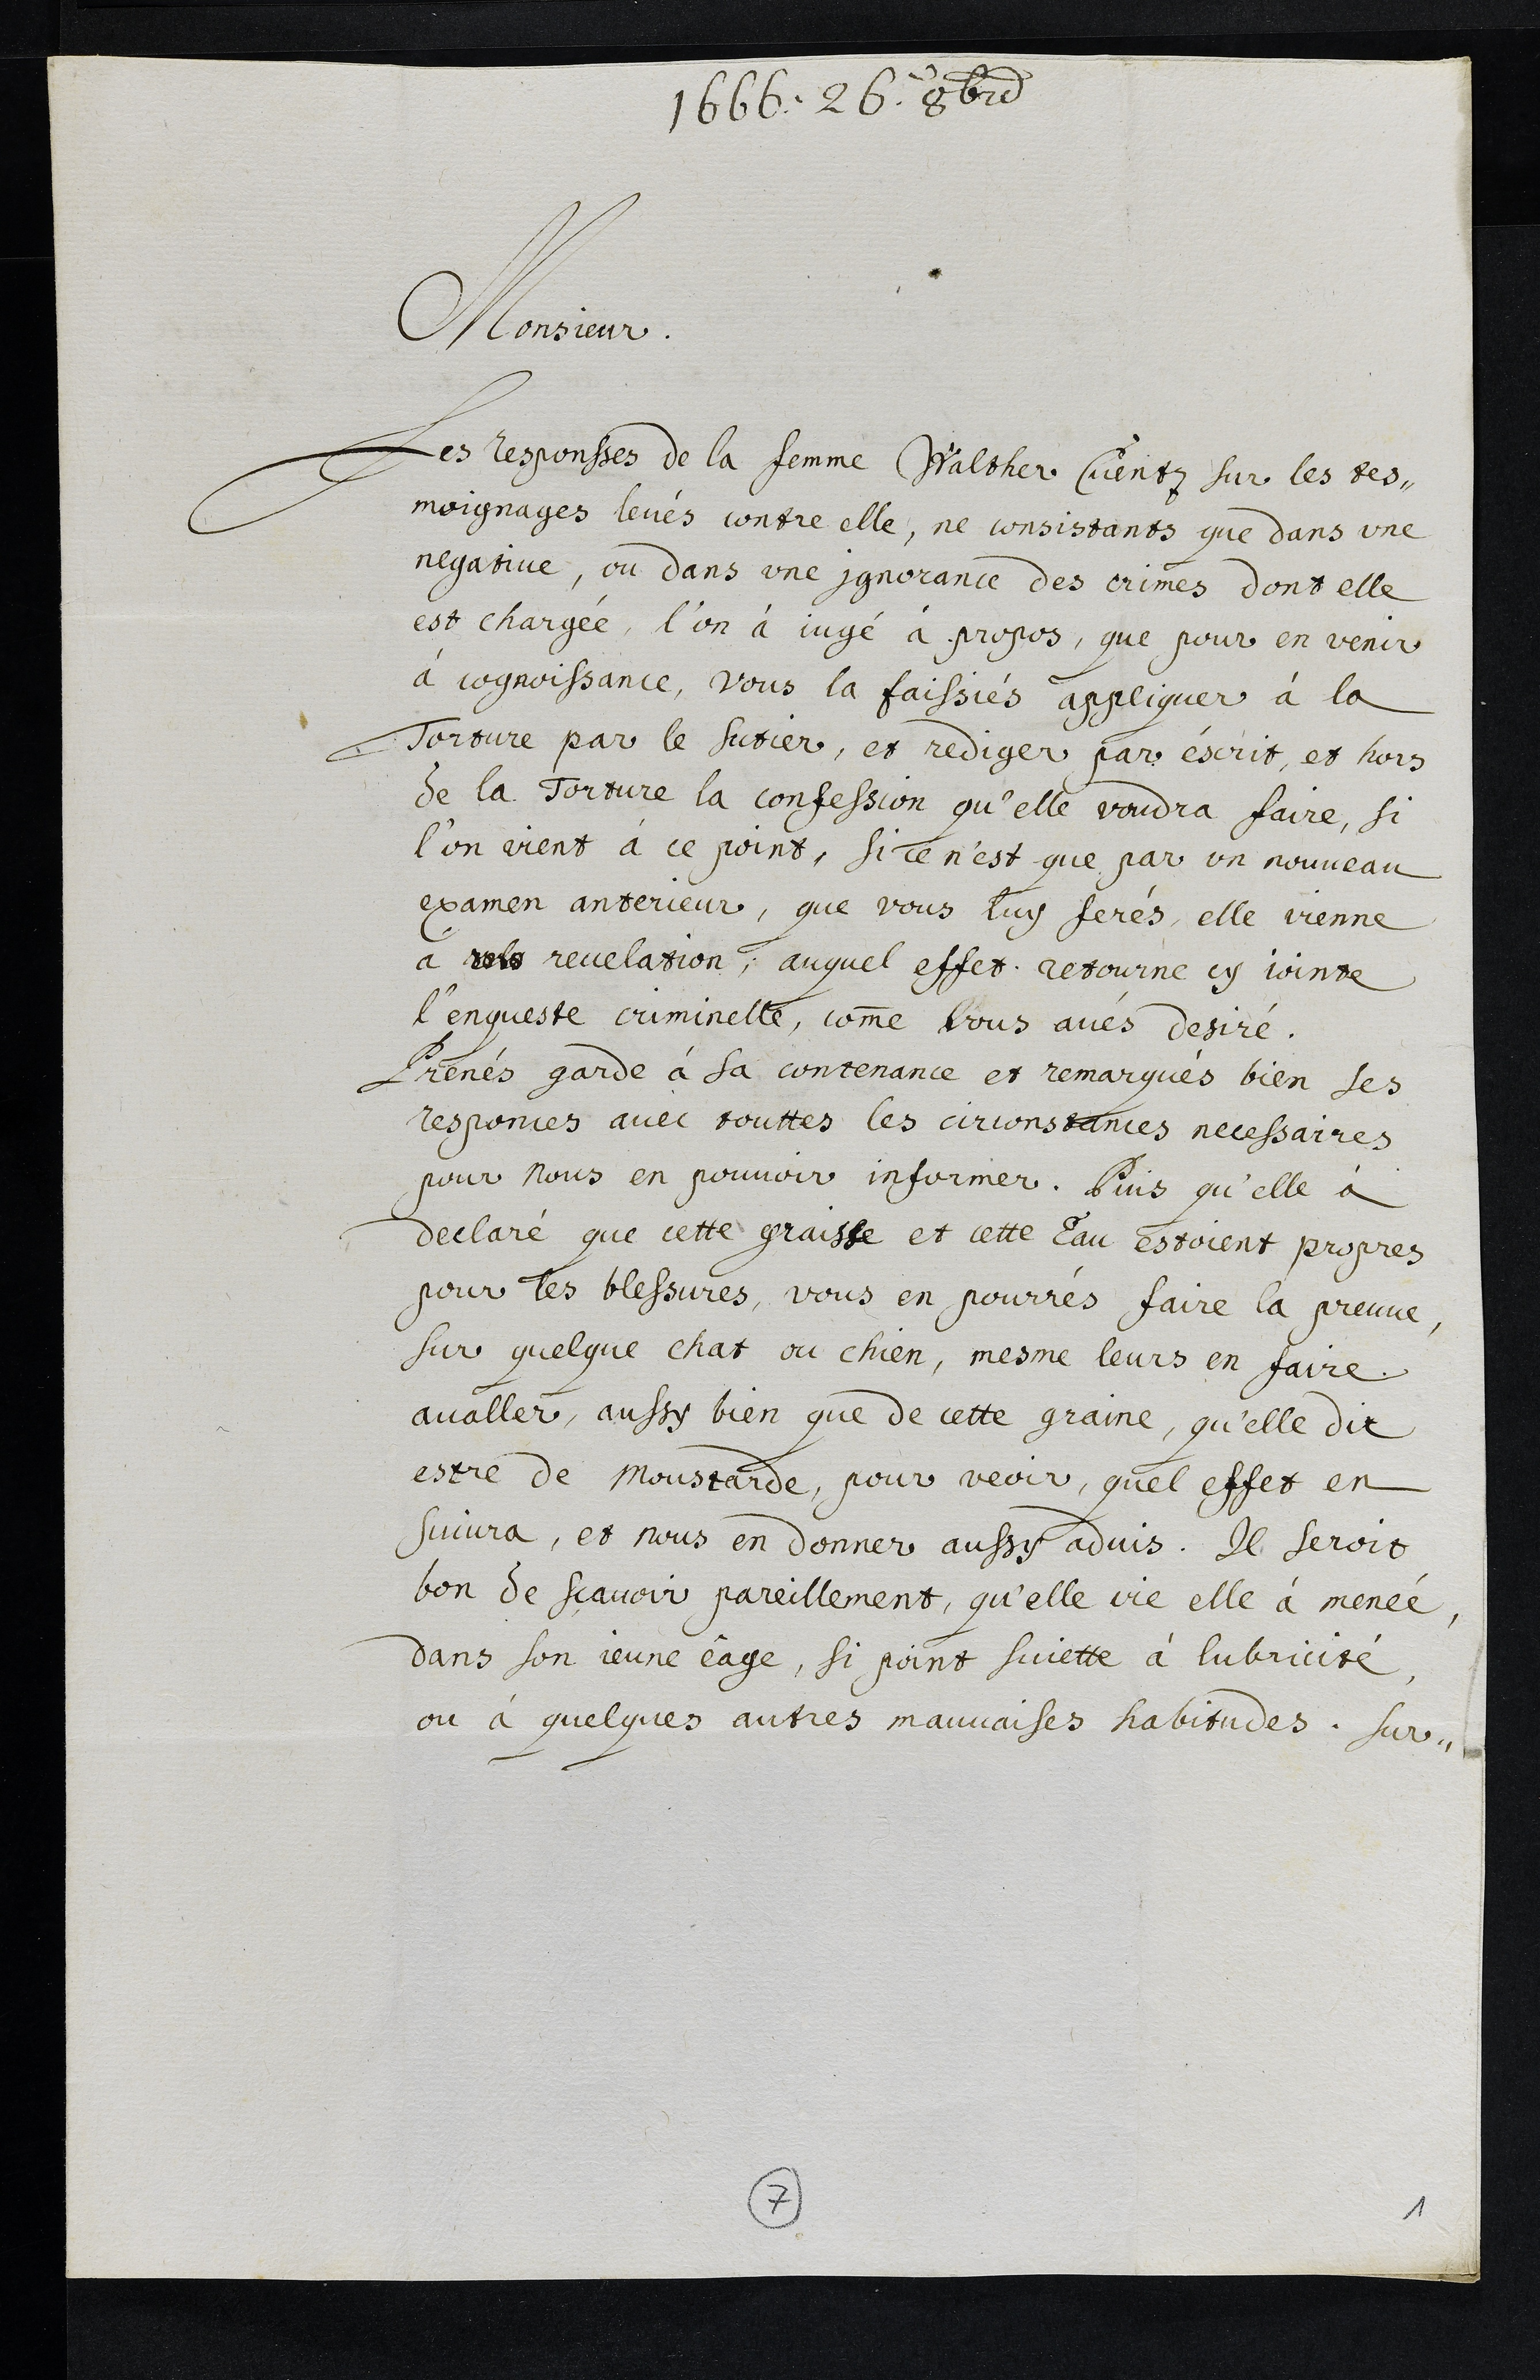
1666 26. 8br
Monsieur.
Les Responses de la femme Walther Cuentz sur les tes¬
moignages levés contre elle, ne consistants que dans une
negative, ou dans une ignorance des crimes dont elle
est chargée, l'on à iugé à propos, que pour en venir
à cognoissance, vous la faissiés appliquer à la
Torture par le sutier, et rediger par éscrit, et hors
de la Torture la confession qu’elle voudra faire, si
l'on vient à ce point, si ce n'est que par un nouveau
examen anterieur, que vous luy ferés, elle vienne
a rele revelation; auquel effet retourne cy jointe
l'enqueste criminelle, comme vous avés desiré.
Prenés garde à sa contenance et remarqués bien ses
responces avec touttes les circonstances necessaires
pour Nous en pouvoir informer. Puis qu’elle à
declaré que cette graisse et cette Eau estoient propres
pour les blessures, vous en pourrés faire la preuve
sur quelque chat ou chien, mesme leurs en faire.
avaller, aussy bien que de cette grainé, qu'elle dit
estre de moustarde, pour veoir, quel effet en
suivra, et nous en donner aussy advis. Il seroit
bon de scavoir pareillement, qu'elle vie elle à menée
dans son jeune eâge, si point sujette à lubricité
ou à quelques autres mauvaises habitudes. Sur¬
7
1